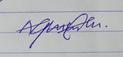
Signature authenticity: forged